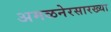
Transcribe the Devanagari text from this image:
अमळनेरसारख्या